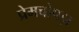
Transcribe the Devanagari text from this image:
प्रेमचोपड़ा